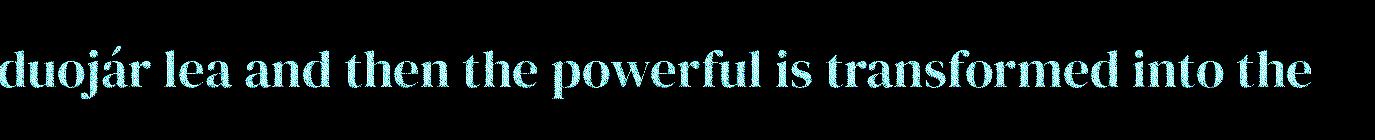
duojár lea and then the powerful is transformed into the